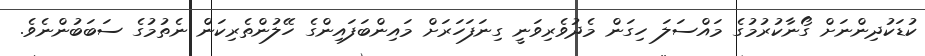
ކުޑަކުދިންނަށް ގޯނާކުރުމުގެ މައްސަލަ ހިގަން މެދުވެރިވަނީ ގިނަފަހަރަށް މައިންބަފައިންގެ ހޭލުންތެރިކަން ނެތުމުގެ ސަބަބުންނެވެ.